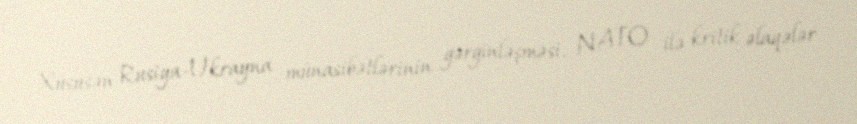
Xüsusən Rusiya-Ukrayna münasibətlərinin gərginləşməsi, NATO ilə kritik əlaqələr